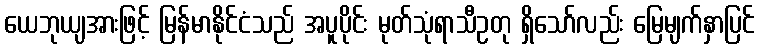
ယေဘုယျအားဖြင့် မြန်မာနိုင်ငံသည် အပူပိုင်း မုတ်သုံရာသီဥတု ရှိသော်လည်း မြေမျက်နှာပြင်